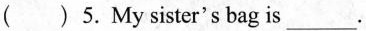
( ) 5. My sister's bag is___.